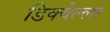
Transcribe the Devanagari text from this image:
डिक्वेल्ला